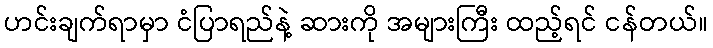
ဟင်းချက်ရာမှာ ငံပြာရည်နဲ့ ဆားကို အများကြီး ထည့်ရင် ငန်တယ်။